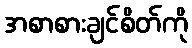
အစာစားချင်စိတ်ကို